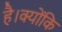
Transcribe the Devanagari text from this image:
है।क्योंकि